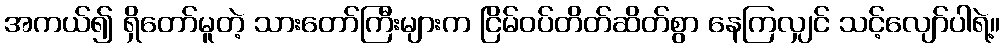
အကယ်၍ ရှိတော်မူတဲ့ သားတော်ကြီးများက ငြိမ်ဝပ်တိတ်ဆိတ်စွာ နေကြလျှင် သင့်လျော်ပါရဲ့။